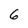
Character: 6